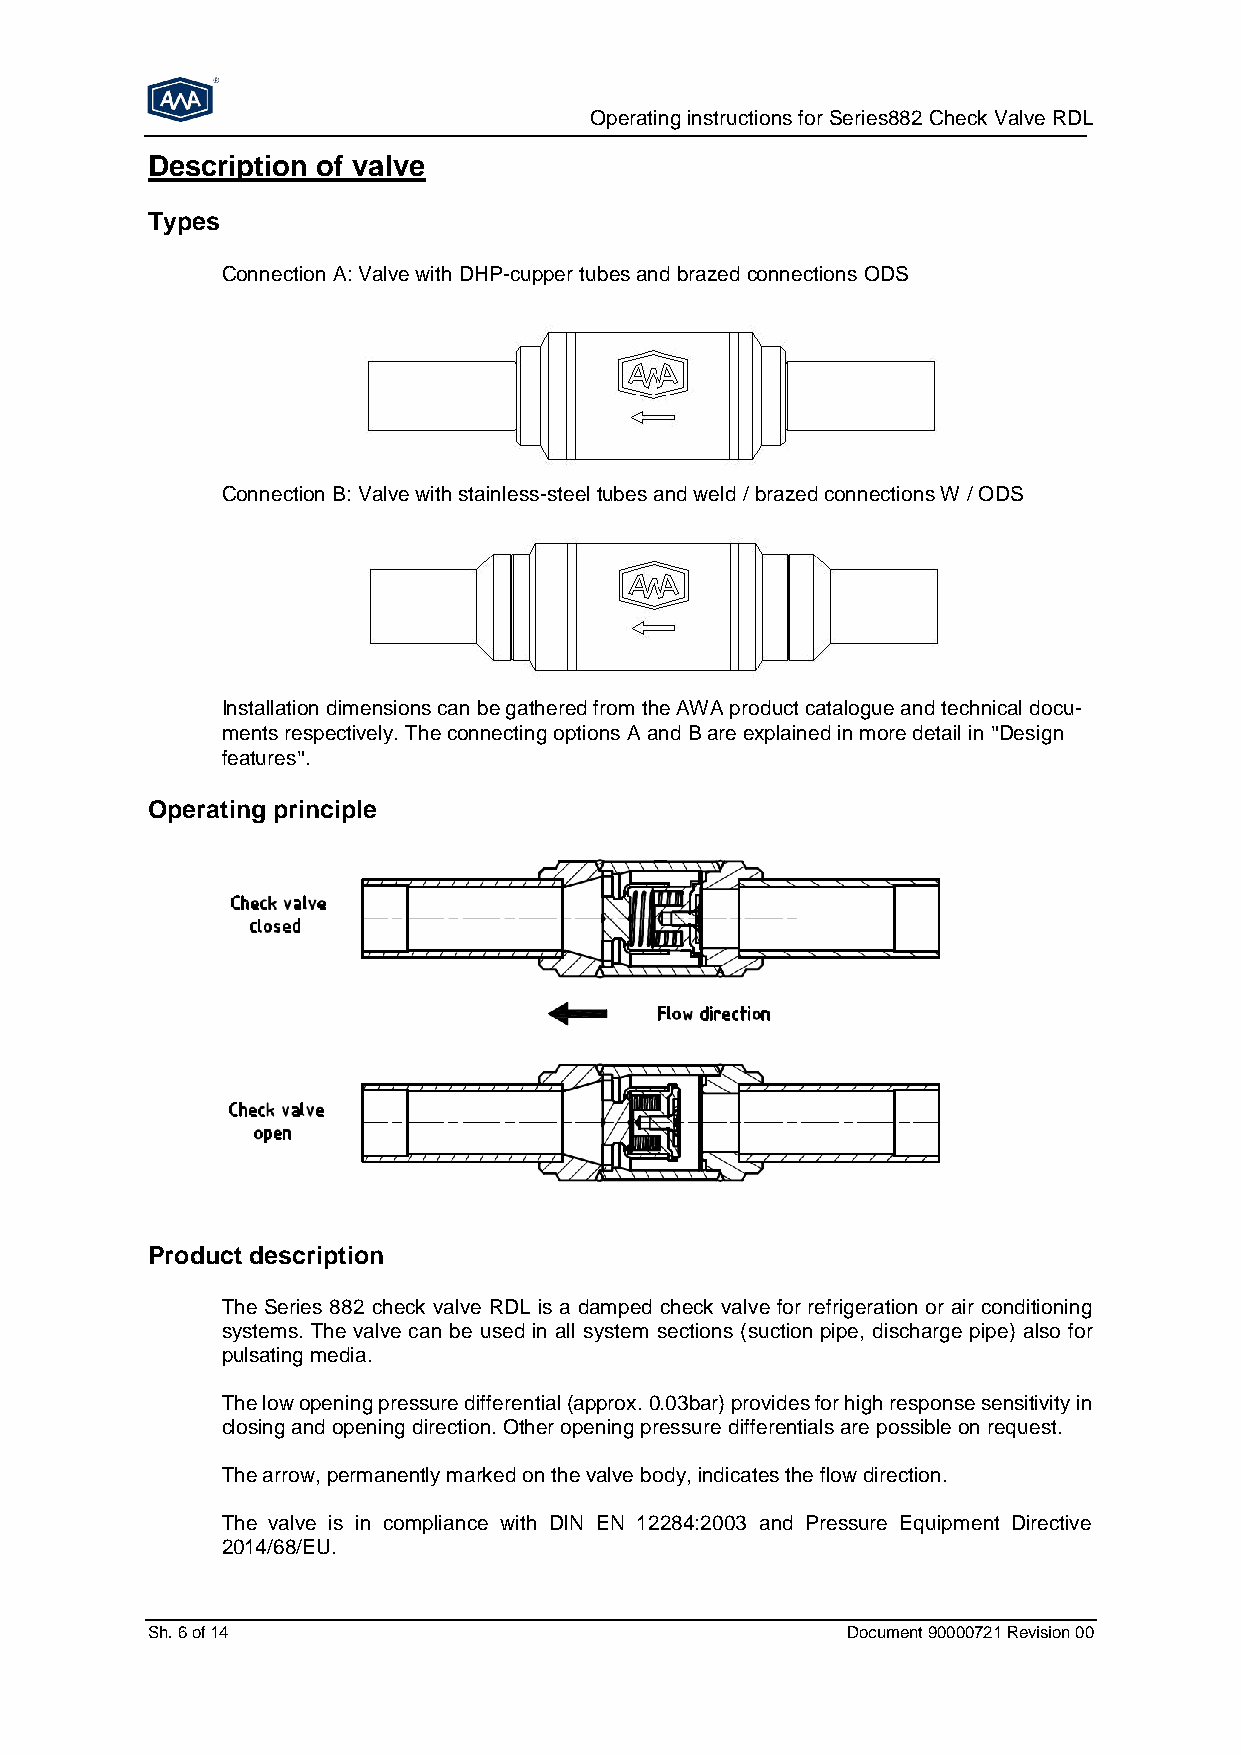
Operating instructions for Series882 Check Valve RDL
 Description of valve
 Types
 Connection A: Valve with DHP-cupper tubes and brazed connections ODS
 Connection B: Valve with stainless-steel tubes and weld / brazed connections W / ODS
 Installation dimensions can be gathered from the AWA product catalogue and technical docu-
 ments respectively. The connecting options A and B are explained in more detail in "Design
 features".
 Operating principle
 Product description
 The Series 882 check valve RDL is a damped check valve for refrigeration or air conditioning
 systems. The valve can be used in all system sections (suction pipe, discharge pipe) also for
 pulsating media.
 The low opening pressure differential (approx. 0.03bar) provides for high response sensitivity in
 closing and opening direction. Other opening pressure differentials are possible on request.
 The arrow, permanently marked on the valve body, indicates the flow direction.
 The valve is in compliance with DIN EN 12284:2003 and Pressure Equipment Directive
 2014/68/EU.
 Sh. 6 of 14                                   Document 90000721 Revision 00